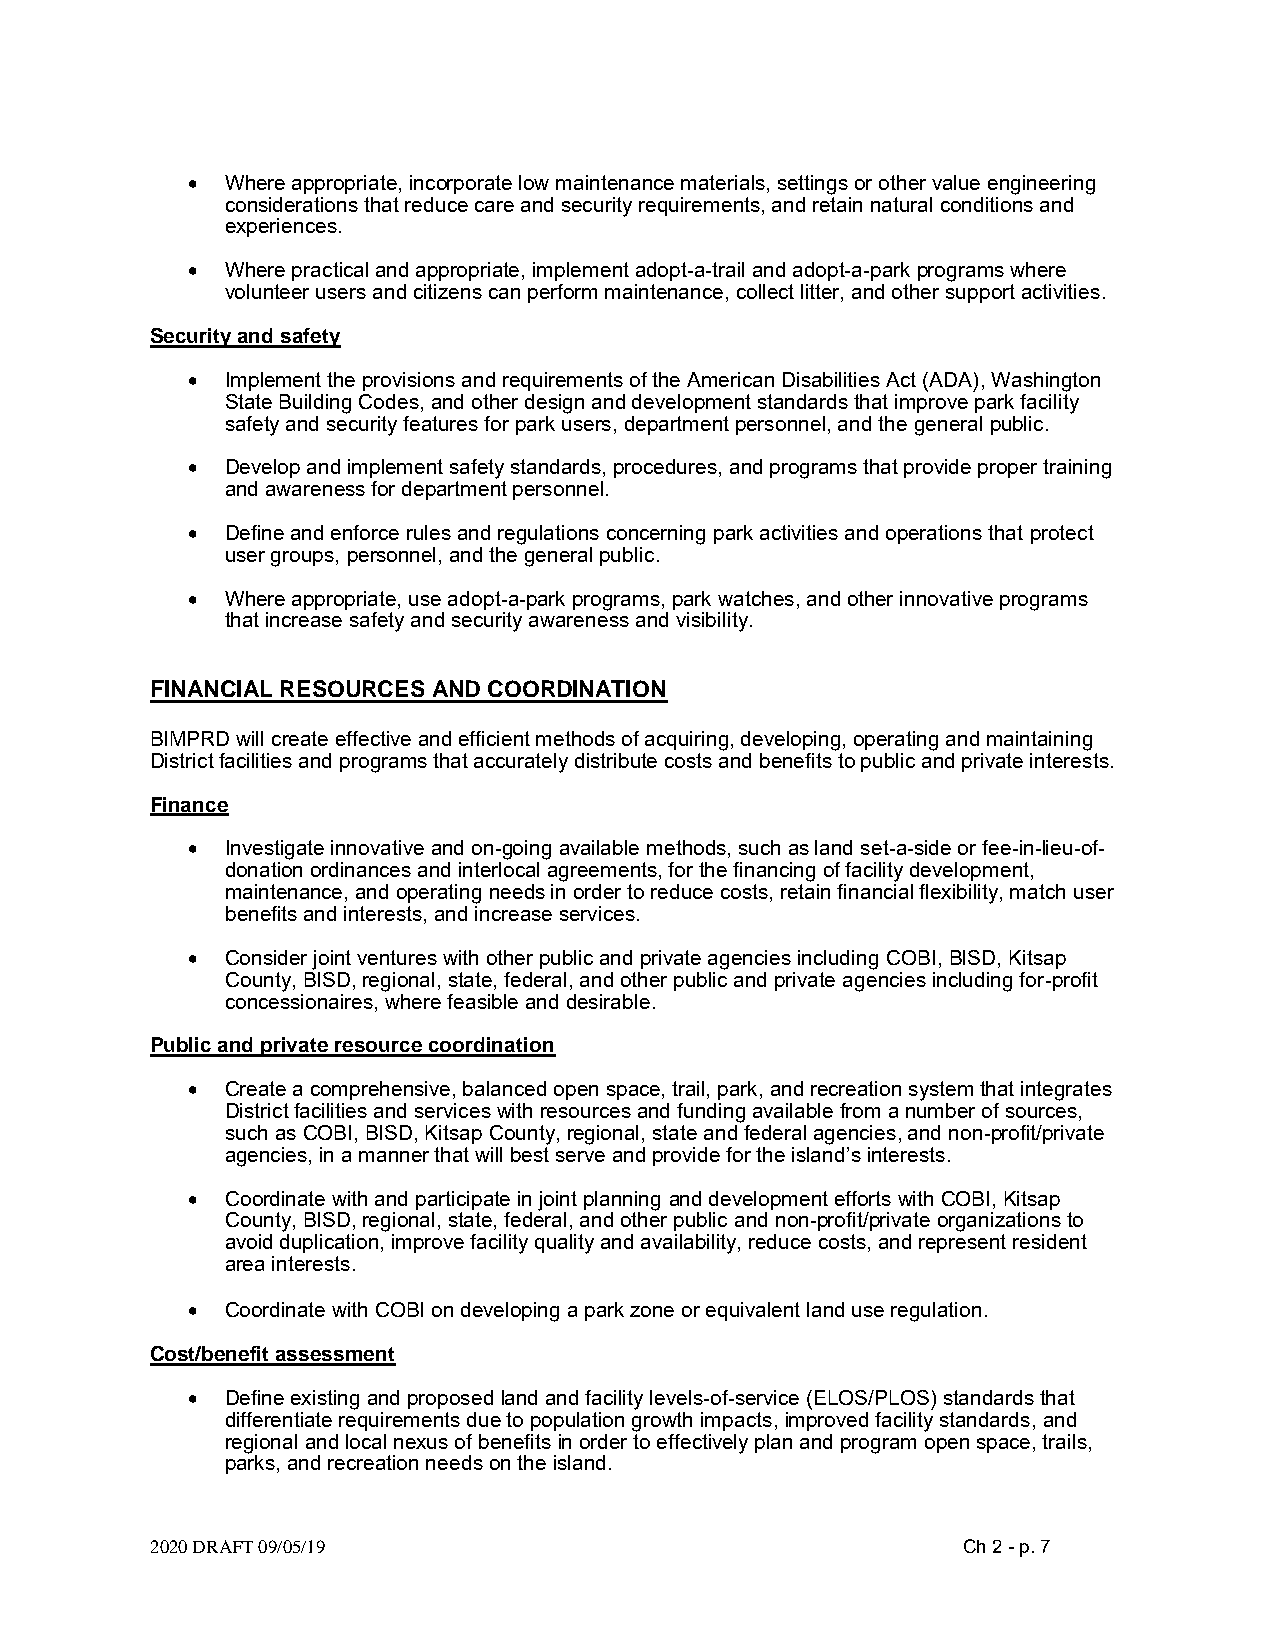
•  Where appropriate, incorporate low maintenance materials, settings or other value engineering
 considerations that reduce care and security requirements, and retain natural conditions and
 experiences.
 •  Where practical and appropriate, implement adopt-a-trail and adopt-a-park programs where
 volunteer users and citizens can perform maintenance, collect litter, and other support activities.
 Security and safety
 •  Implement the provisions and requirements of the American Disabilities Act (ADA), Washington
 State Building Codes, and other design and development standards that improve park facility
 safety and security features for park users, department personnel, and the general public.
 •  Develop and implement safety standards, procedures, and programs that provide proper training
 and awareness for department personnel.
 •  Define and enforce rules and regulations concerning park activities and operations that protect
 user groups, personnel, and the general public.
 •  Where appropriate, use adopt-a-park programs, park watches, and other innovative programs
 that increase safety and security awareness and visibility.
 FINANCIAL RESOURCES AND COORDINATION
 BIMPRD will create effective and efficient methods of acquiring, developing, operating and maintaining
 District facilities and programs that accurately distribute costs and benefits to public and private interests.
 Finance
 •  Investigate innovative and on-going available methods, such as land set-a-side or fee-in-lieu-of-
 donation ordinances and interlocal agreements, for the financing of facility development,
 maintenance, and operating needs in order to reduce costs, retain financial flexibility, match user
 benefits and interests, and increase services.
 •  Consider joint ventures with other public and private agencies including COBI, BISD, Kitsap
 County, BISD, regional, state, federal, and other public and private agencies including for-profit
 concessionaires, where feasible and desirable.
 Public and private resource coordination
 •  Create a comprehensive, balanced open space, trail, park, and recreation system that integrates
 District facilities and services with resources and funding available from a number of sources,
 such as COBI, BISD, Kitsap County, regional, state and federal agencies, and non-profit/private
 agencies, in a manner that will best serve and provide for the island’s interests.
 •  Coordinate with and participate in joint planning and development efforts with COBI, Kitsap
 County, BISD, regional, state, federal, and other public and non-profit/private organizations to
 avoid duplication, improve facility quality and availability, reduce costs, and represent resident
 area interests.
 •  Coordinate with COBI on developing a park zone or equivalent land use regulation.
 Cost/benefit assessment
 •  Define existing and proposed land and facility levels-of-service (ELOS/PLOS) standards that
 differentiate requirements due to population growth impacts, improved facility standards, and
 regional and local nexus of benefits in order to effectively plan and program open space, trails,
 parks, and recreation needs on the island.
 2020 DRAFT 09/05/19                                   Ch 2 - p. 7